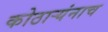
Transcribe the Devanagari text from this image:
कोठार्‍यंनाच